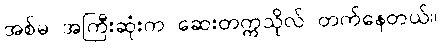
အစ်မ အကြီးဆုံးက ဆေးတက္ကသိုလ် တက်နေတယ်။